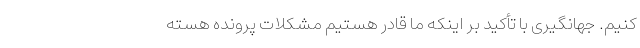
کنیم. جهانگیری با تأکید بر اینکه ما قادر هستیم مشکلات پرونده هسته